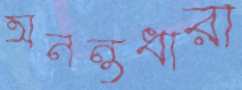
অনন্তধারা